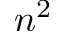
n ^ { 2 }